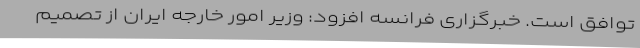
توافق است. خبرگزاری فرانسه افزود: وزیر امور خارجه ایران از تصمیم